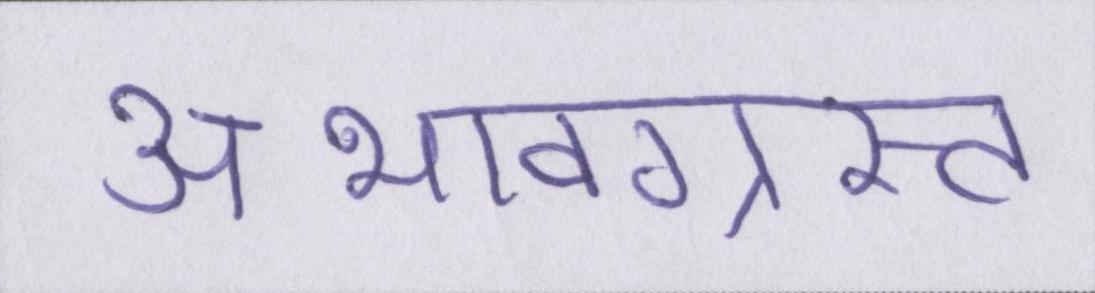
अभावग्रस्त